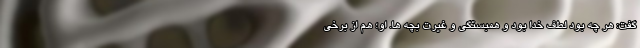
گفت: هر چه بود لطف خدا بود و همبستگی و غیرت بچه ها. او؛ هم از برخی